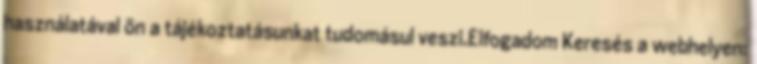
használatával ön a tájékoztatásunkat tudomásul veszi.Elfogadom Keresés a webhelyen: